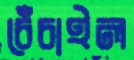
চেঁচাইল